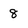
Character: 8